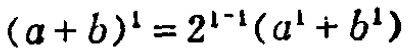
\((a + b)^1 = 2^{1 - 1}(a^1 + b^1)\)